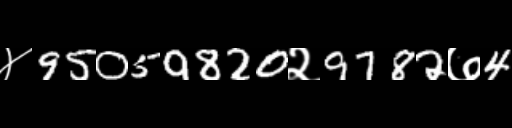
Text: ४95059820२9782७4